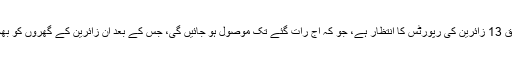
قرنطینہ سنٹر ذرائع کے مطابق 13 زائرین کی رپورٹس کا انتظار ہے، جو کہ آج رات گئے تک موصول ہو جائیں گی، جس کے بعد ان زائرین کے گھروں کو بھجوانے کا فیصلہ کیا جائے گا۔